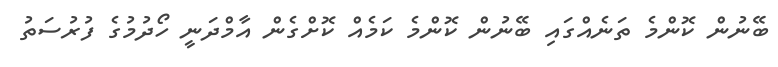
ބޭނުން ކޮންމެ ތަނެއްގައި ބޭނުން ކޮންމެ ކަމެއް ކޮށްގެން އާމްދަނީ ހޯދުމުގެ ފުރުސަތު